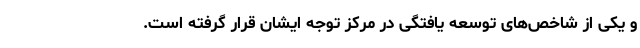
و یکی از شاخص‌های توسعه یافتگی در مرکز توجه ایشان قرار گرفته است.